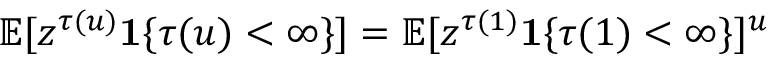
\mathbb { E } [ z ^ { \tau ( u ) } \mathbf { 1 } \{ \tau ( u ) < \infty \} ] = \mathbb { E } [ z ^ { \tau ( 1 ) } \mathbf { 1 } \{ \tau ( 1 ) < \infty \} ] ^ { u }